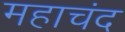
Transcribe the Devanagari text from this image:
महाचंद